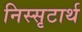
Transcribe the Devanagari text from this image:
निस्सृटार्थ